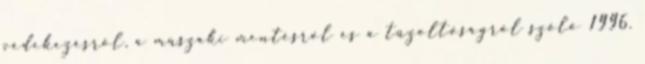
védekezésrõl, a mûszaki mentésrõl és a tûzoltóságról szóló 1996.